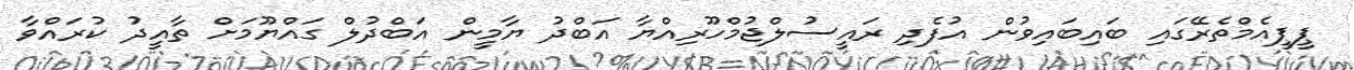
ޕީޕީއެމްތެރޭގައި ބައިބައިވުން އުފެދި ރައީސުލްޖުމްހޫރިއްޔާ އަބްދު ޔާމީން އަބްދުލް ގައްޔޫމަށް ތާއީދު ކުރައްވާ